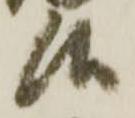
候